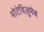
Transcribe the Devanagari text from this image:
मोटेविज़ुमेब